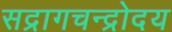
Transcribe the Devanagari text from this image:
सद्रागचन्द्रोदय